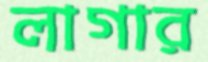
লাগার